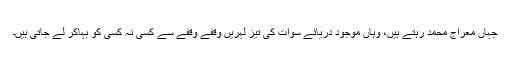
جہاں معراج محمد رہتے ہیں، وہاں موجود دریائے سوات کی تیز لہریں وقفے وقفے سے کسی نہ کسی کو بہاکر لے جاتی ہیں۔